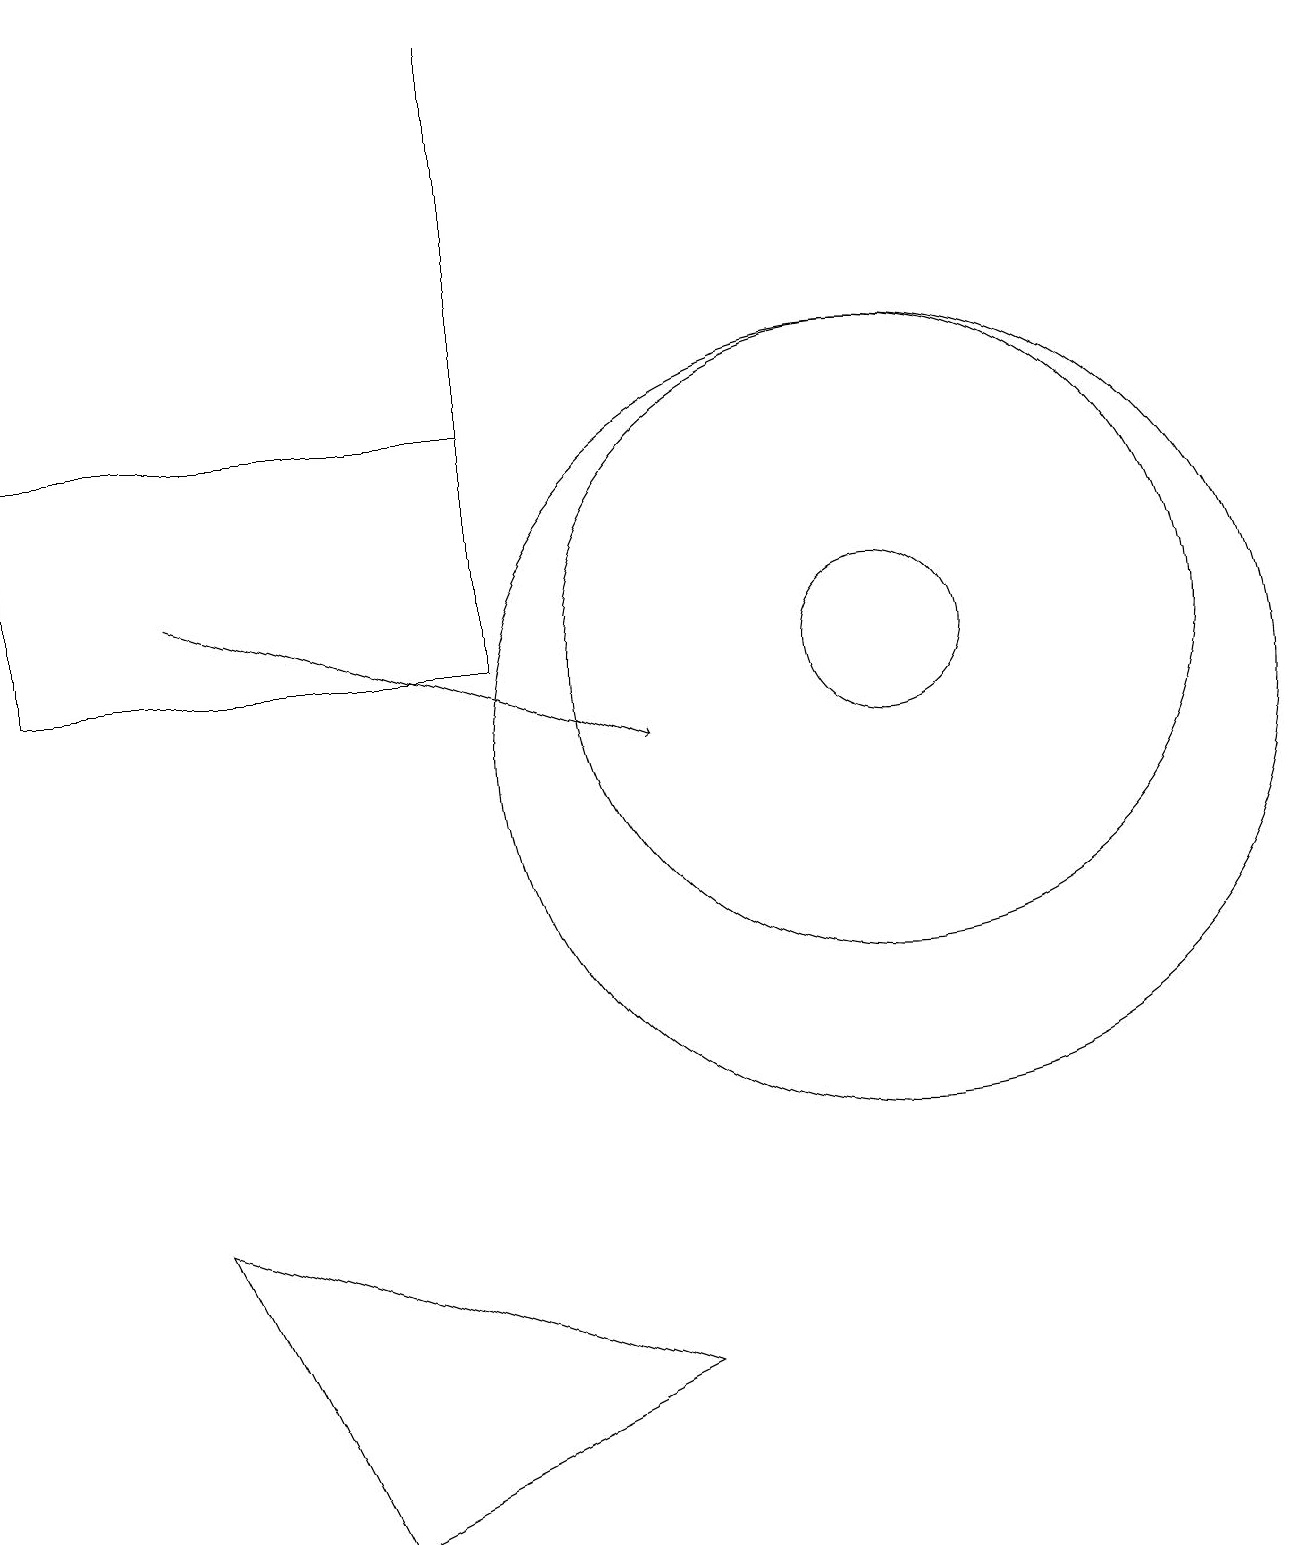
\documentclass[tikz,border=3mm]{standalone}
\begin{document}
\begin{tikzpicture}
\draw (6,11) rectangle (0,14);
\draw (8,2) -- (2,4) -- (4,0) -- cycle;
\draw (11,11) circle (1);
\draw (11,10) circle (5);
\draw (11,11) circle (4);
\draw[->] (2,12) -- (8,10);
\draw (6,19) rectangle (6,14);
\draw (11,11) circle (0);
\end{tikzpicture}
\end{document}